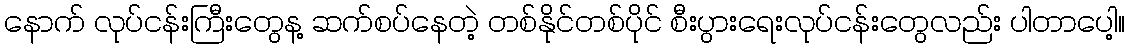
နောက် လုပ်ငန်းကြီးတွေန့ ဆက်စပ်နေတဲ့ တစ်နိုင်တစ်ပိုင် စီးပွားရေးလုပ်ငန်းတွေလည်း ပါတာပေါ့။